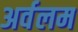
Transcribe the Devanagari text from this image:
अर्वलम